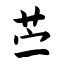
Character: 苎